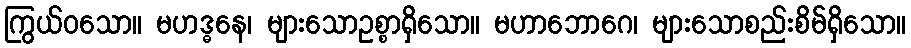
ကြွယ်ဝသော။ မဟဒ္ဓနေ၊ များသောဥစ္စာရှိသော။ မဟာဘောဂေ၊ များသောစည်းစိမ်ရှိသော။